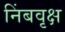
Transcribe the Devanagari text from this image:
निंबवृक्ष